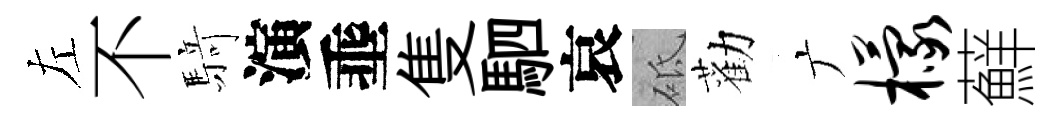
左不𮪍演埀隻駟哀砥勸广檬蘚